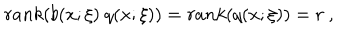
r a n k ( b ( x ; \xi ) \ q ( x ; \xi ) ) = r a n k ( q ( x ; \xi ) ) = r \ ,